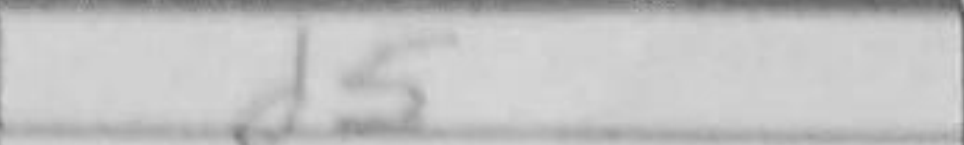
Transcription: d5